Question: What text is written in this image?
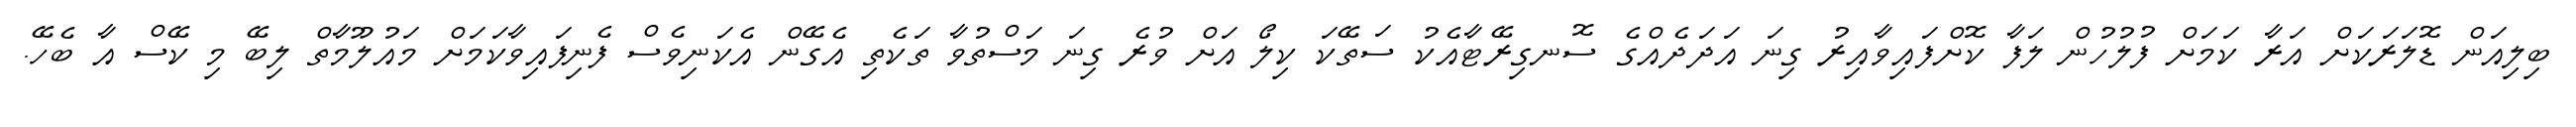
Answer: ބިލިއަން ޑޮލަރަކަށް އަރާ ކަމަށް ފުލުހުން ލަފާ ކޮށްފައިވާއިރު ގިނަ އަދަދެއްގެ ސޮނގިރޭޓާއެކު ސަތޭކަ ކިލޯ އަށް ވުރެ ގިނަ މަސްތުވާ ތަކެތި އެގޭން އެކަނިވެސް ފެނިފައިވާކަމަށް މައުލޫމާތް ލިބޭ މި ކޭސް އާ ބެހޭ.